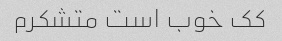
کک خوب است متشکرم